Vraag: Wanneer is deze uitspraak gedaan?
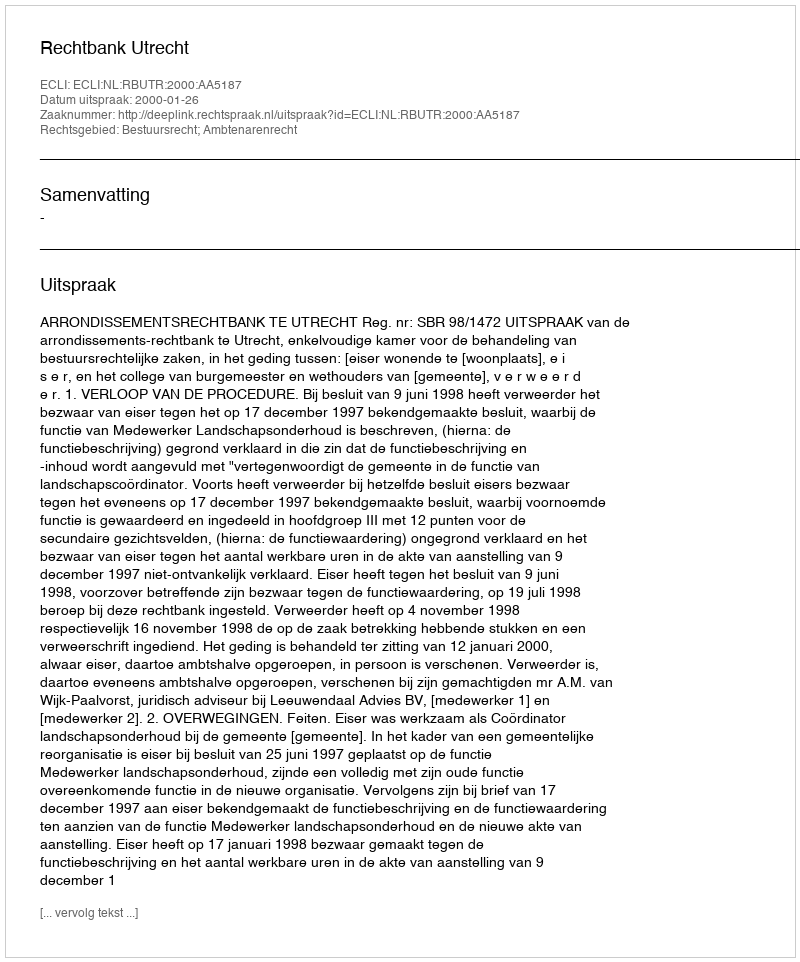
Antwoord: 2000-01-26